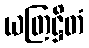
ယတြဋ္ဌိတံ